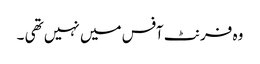
وہ فرنٹ آفس میں نہیں تھی ۔